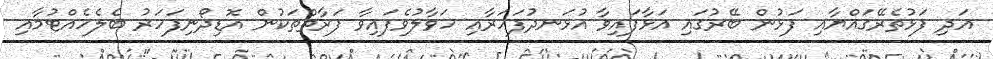
އަދި ފަޅުތެރޭގައްޔާއި ފަޅުން ބޭރުގައި އަޅާފައިވާ އުޅަނދުފަހަރާއި ހަވާލުވެފައިވާ ފަރާތްތަކުން އޮޑިދޯނިފަހަރު ބެލެހެއްޓުމާއި